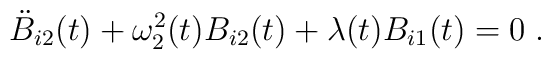
\ddot{B}_{i2}(t)+\omega_2^2(t)B_{i2}(t)+\lambda(t)B_{i1}(t)=0\;.